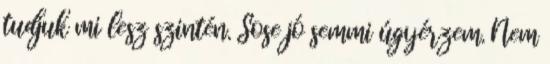
tudjuk mi lesz szintén. Sose jó semmi úgyérzem. Nem